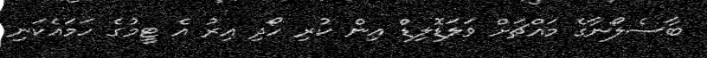
ބާސެލޯނާގެ މައްޗަށް ވަލަޑޮލިޑް އިން ކުރި ހޯދި އިރު އެ ޓީމުގެ ހަމައެކަނި